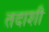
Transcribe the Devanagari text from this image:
तदाशी